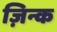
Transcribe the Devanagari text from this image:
ज़िन्क